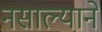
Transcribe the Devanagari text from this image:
नसाल्याने